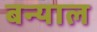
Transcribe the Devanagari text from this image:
बन्‍याल